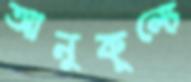
আনুকূল্যে